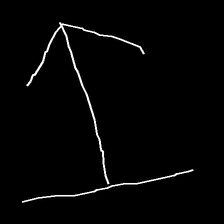
Glyph: levitation